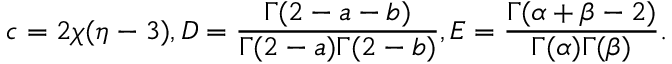
c = 2 \chi ( \eta - 3 ) , D = \frac { \Gamma ( 2 - a - b ) } { \Gamma ( 2 - a ) \Gamma ( 2 - b ) } , E = \frac { \Gamma ( \alpha + \beta - 2 ) } { \Gamma ( \alpha ) \Gamma ( \beta ) } .